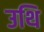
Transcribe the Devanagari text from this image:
उथि